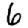
Digit: 6